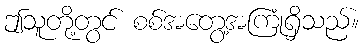
ဤသူတို့တွင် စစ်အတွေ့အကြုံရှိသည်။